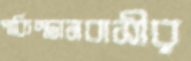
পাকিস্তানবাসীর